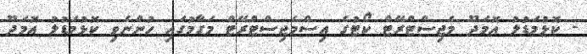
- ކޮޅުމަޑުލު އޮމަދޫ މެޖިސްޓްރޭޓް ކޯޓުގެ އިސްމެޖިސްޓްރޭޓް މަގާމުގައި ހުންނެވި ކޮޅުމަޑުލު އޮމަދޫ